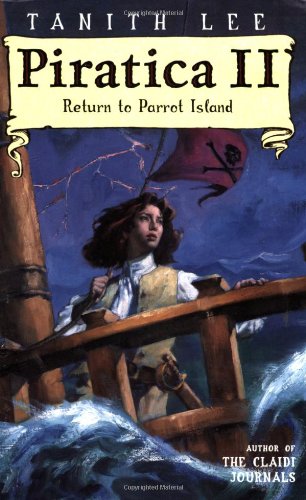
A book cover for Piratica II: Return to Parrot Island; Tanith Lee; Teen & Young Adult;